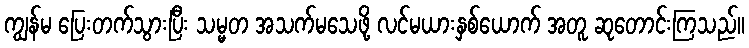
ကျွန်မ ပြေးတက်သွားပြီး သမ္မတ အသက်မသေဖို့ လင်မယားနှစ်ယောက် အတူ ဆုတောင်းကြသည်။